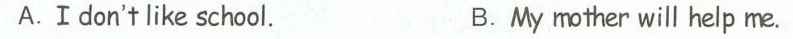
A.Ⅰdon't like school. B.My mother will help me.